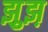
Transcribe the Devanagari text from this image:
झ़ुझ़